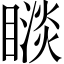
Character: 𥊗